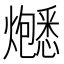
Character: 𬋚